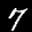
Label: 7